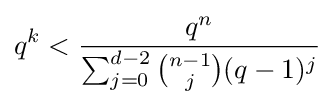
q^{k}<{\frac {q^{n}}{\sum _{j=0}^{d-2}{\binom {n-1}{j}}(q-1)^{j}}}